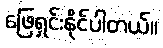
ဖြေရှင်းနိုင်ပါတယ်။